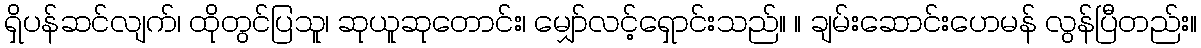
ရှိပန်ဆင်လျက်၊ ထိုတွင်ပြသူ၊ ဆုယူဆုတောင်း၊ မျှော်လင့်ရှောင်းသည်။ ။ ချမ်းဆောင်းဟေမန် လွန်ပြီတည်း။